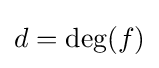
d=\operatorname {deg} (f)